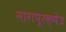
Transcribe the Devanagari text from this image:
नागपूरक्षेत्र